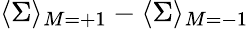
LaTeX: \langle\Sigma\rangle_{M=+1}-\langle\Sigma\rangle_{M=-1}